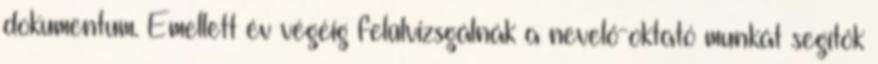
dokumentum. Emellett év végéig felülvizsgálnák a nevelő-oktató munkát segítők